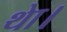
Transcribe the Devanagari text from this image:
थाे।